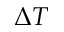
\Delta T